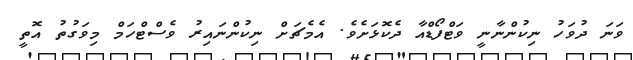
ވަނަ ދުވަހު ނިކުންނާނީ ވަޓްފޯޑްއާ ދެކޮޅަށެވެ. އެމެޗަށް ނިކުންނައިރު ވެސްޓްހަމް މިވަގުތު އޮތީ